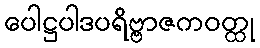
ပေါဋ္ဌပါဒပရိဗ္ဗာဇကဝတ္ထု